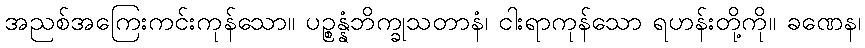
အညစ်အကြေးကင်းကုန်သော။ ပဉ္စန္နံဘိက္ခုသတာနံ၊ ငါးရာကုန်သော ရဟန်းတို့ကို။ ခဏေန၊